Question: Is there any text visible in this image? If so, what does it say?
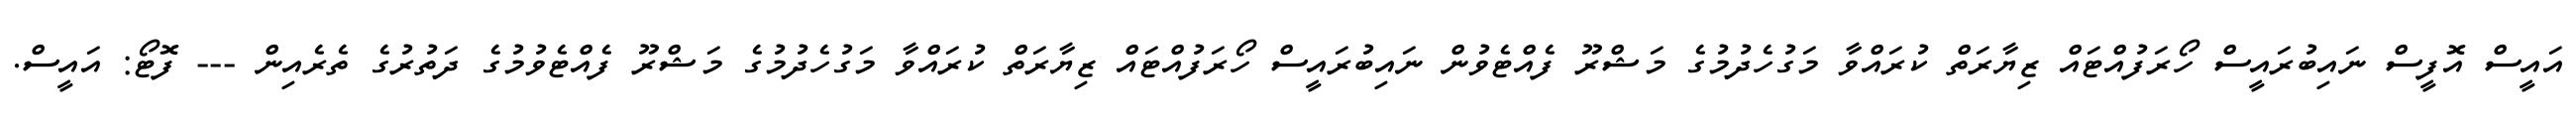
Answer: އައީސް އޮފީސް ނައިބުރައީސް ހޯރަފުއްޓައް ޒިޔާރަތް ކުރައްވާ މަގުހެދުމުގެ މަޝްރޫ ފެއްޓެވުން ނައިބުރައީސް ހޯރަފުއްޓައް ޒިޔާރަތް ކުރައްވާ މަގުހެދުމުގެ މަޝްރޫ ފެއްޓެވުމުގެ ދަތުރުގެ ތެރެއިން --- ފޮޓޯ: އައީސް.